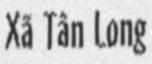
Xã Tân Long